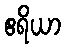
ဧရိယာ